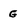
Character: g